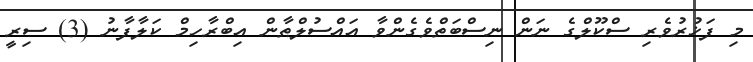
މި ފަޚުރުވެރި ސްކޫލްގެ ނަން ނިސްބަތްވެގެންވާ އައްސުލްޠާން އިބްރާހިމް ކަލާފާނު (3) ސިރީ